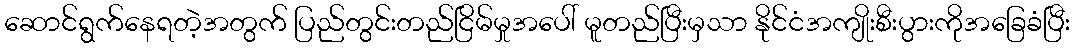
ဆောင်ရွက်နေရတဲ့အတွက် ပြည်တွင်းတည်ငြိမ်မှုအပေါ် မူတည်ပြီးမှသာ နိုင်ငံအကျိုးစီးပွားကိုအခြေခံပြီး